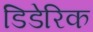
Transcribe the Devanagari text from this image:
डिडेरिक